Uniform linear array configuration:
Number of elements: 12
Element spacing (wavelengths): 0.25
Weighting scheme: uniform
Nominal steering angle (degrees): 15
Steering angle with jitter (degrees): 16.783
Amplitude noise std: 0.05
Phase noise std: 0.05

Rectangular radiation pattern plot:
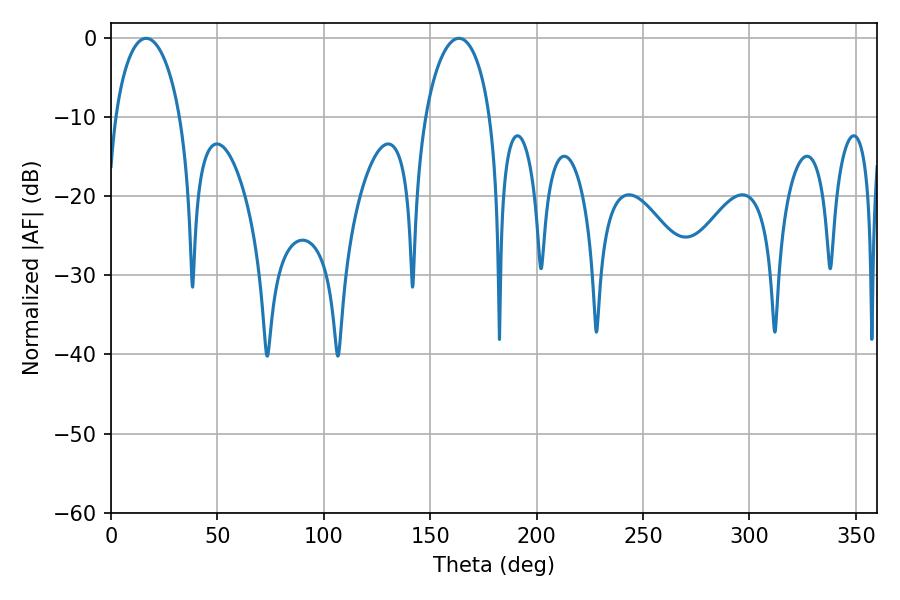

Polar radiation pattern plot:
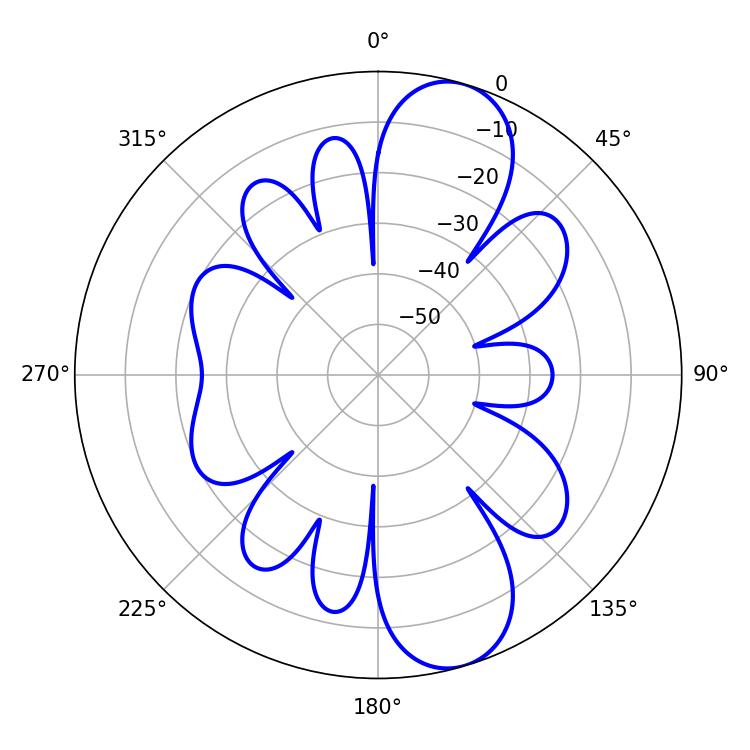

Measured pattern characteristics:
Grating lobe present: FALSE
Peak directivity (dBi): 10.367
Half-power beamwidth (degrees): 17.64
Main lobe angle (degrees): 16.56